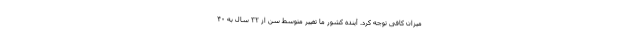
میزان کافی توجه کرد. آینده کشور ما تغییر متوسط سن از ۳۲ سال به ۴۰